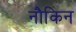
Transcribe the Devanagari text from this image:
नौकिन